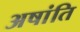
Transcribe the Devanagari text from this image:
अषांति